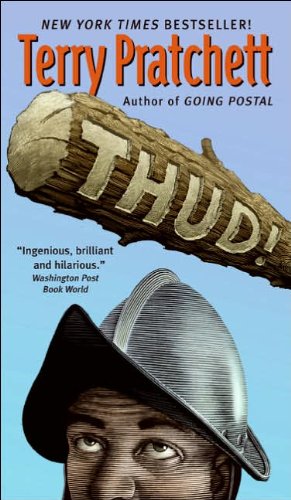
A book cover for Thud! (Discworld ); Terry Pratchett; Science Fiction & Fantasy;